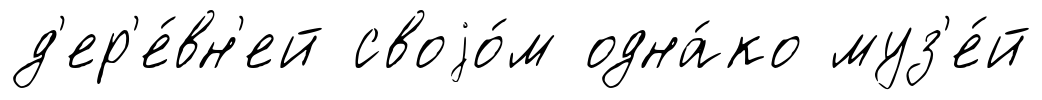
д'ер'е́вн'ей своjо́м одна́ко муз'е́й